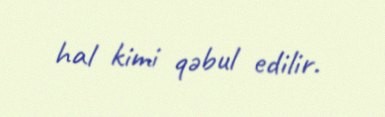
hal kimi qəbul edilir.